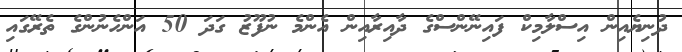
ދުނިޔެއިން އިސްލާމިކް ފައިނޭންސްގެ ދާއިރާއިން އެންމެ ނުފޫޒު ގަދަ 50 އަންހެނުންގެ ތެރޭގައި